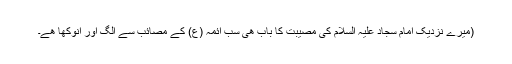
(میرے نزدیک امام سجاد علیہ السلام کی مصیبت کا باب ھی سب ائمہ (ع) کے مصائب سے الگ اور انوکھا ھے۔